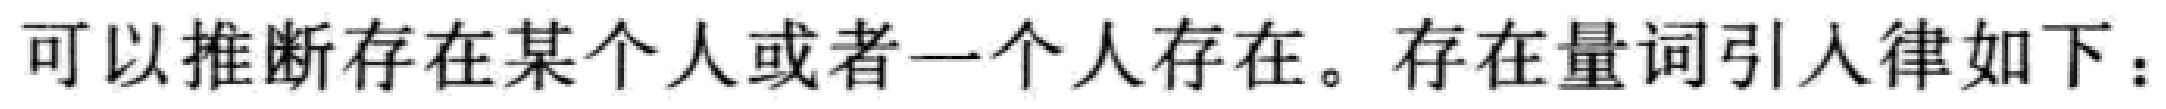
可以推断存在某个人或者一个人存在。存在量词引入律如下：